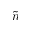
\tilde { n }